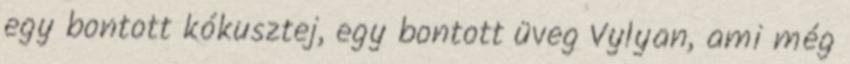
egy bontott kókusztej, egy bontott üveg Vylyan, ami még